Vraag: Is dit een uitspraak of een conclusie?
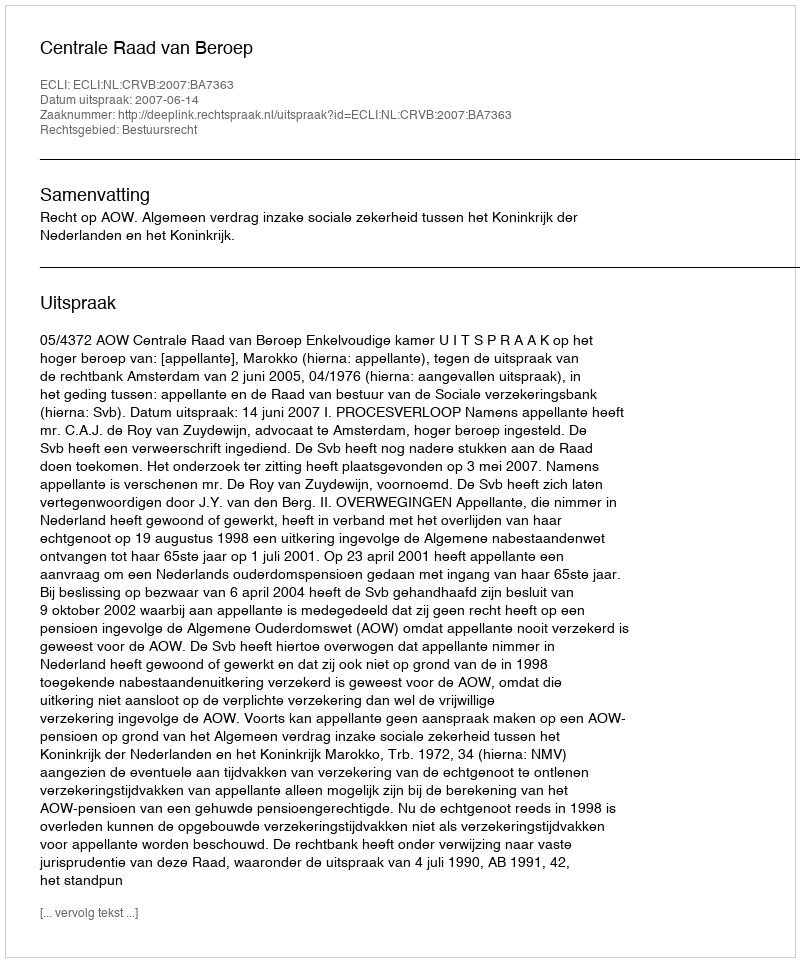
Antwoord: Uitspraak